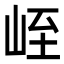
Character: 峌